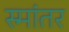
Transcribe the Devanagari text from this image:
स्मांतर